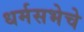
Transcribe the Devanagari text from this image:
धर्मसभेचे